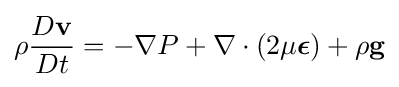
\rho {\frac {D\mathbf {v} }{Dt}}=-\nabla P+\nabla \cdot (2\mu {\boldsymbol {\epsilon }})+\rho \mathbf {g}